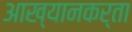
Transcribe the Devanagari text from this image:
आख्यानकर्ता